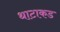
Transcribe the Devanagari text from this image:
थाटाकड